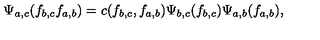
\Psi _ { a , c } ( f _ { b , c } f _ { a , b } ) = c ( f _ { b , c } , f _ { a , b } ) \Psi _ { b , c } ( f _ { b , c } ) \Psi _ { a , b } ( f _ { a , b } ) ,